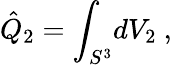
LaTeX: \hat{Q}_{2}=\int_{S^{3}}\! dV_{2}\ ,